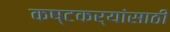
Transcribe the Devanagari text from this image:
कष्टकर्‍यांसाठी